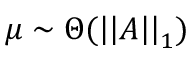
\mu \sim \Theta ( \left| \left| A \right| \right| _ { 1 } )